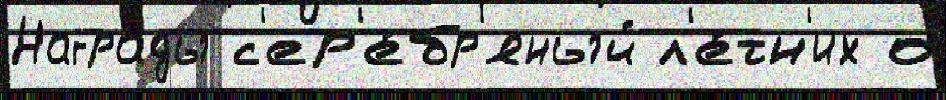
Награ́ды с'ер'е́бр'яный л'е́тн'их о